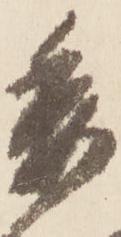
委